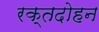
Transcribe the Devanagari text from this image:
रक्तदोहन